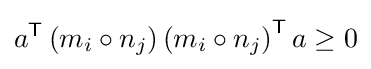
a^{\textsf {T}}\left(m_{i}\circ n_{j}\right)\left(m_{i}\circ n_{j}\right)^{\textsf {T}}a\geq 0